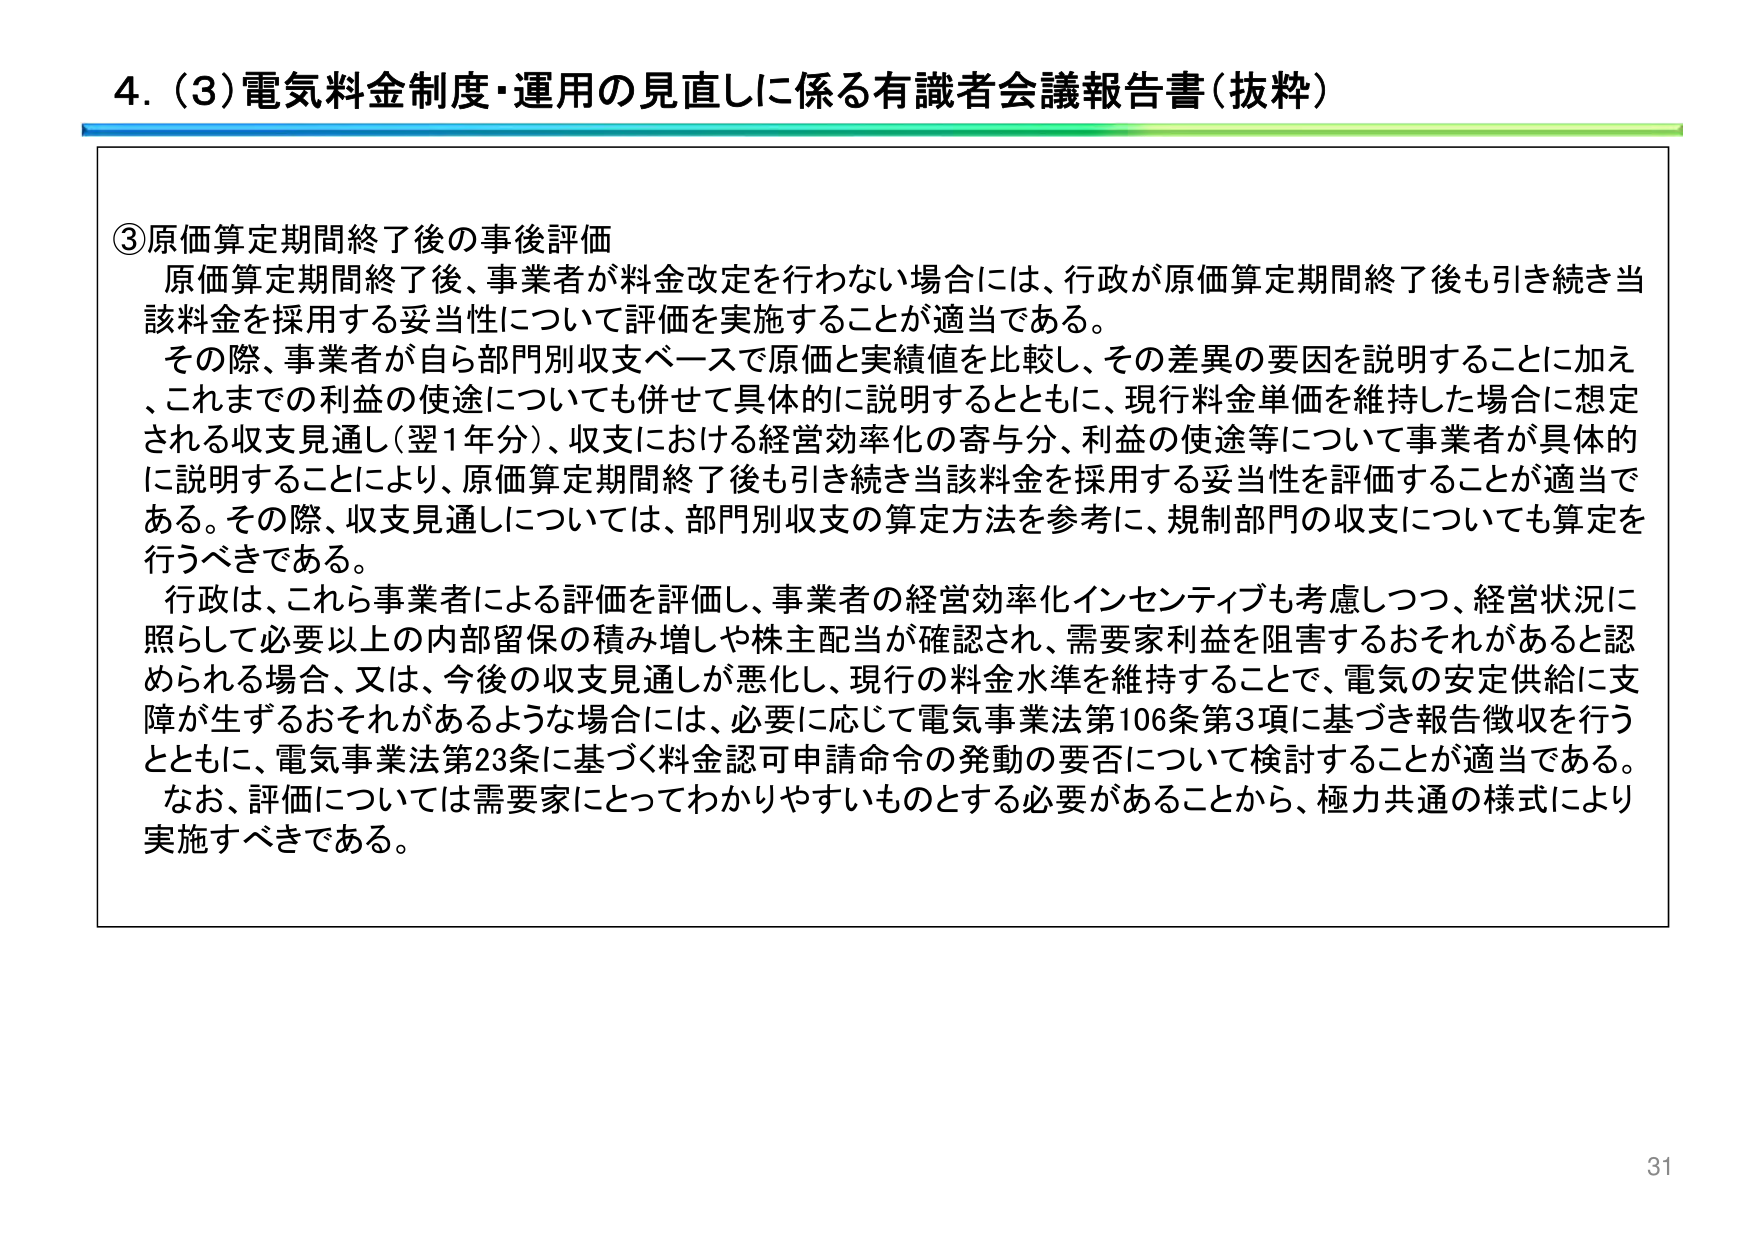
4. (3) 電気料金制度・運用の見直しに係る有識者会議報告書（抜粋）

③原価算定期間終了後の事後評価
原価算定期間終了後、事業者が料金改定を行わない場合には、行政が原価算定期間終了後も引き続き当該料金を採用する妥当性について評価を実施することが適当である。
その際、事業者が自ら部門別収支ベースで原価と実績値を比較し、その差異の要因を説明することに加え、これまでの利益の使途についても併せて具体的に説明するとともに、現行料金単価を維持した場合に想定される収支見通し（翌1年分）、収支における経営効率化の寄与分、利益の使途等について事業者が具体的に説明することにより、原価算定期間終了後も引き続き当該料金を採用する妥当性を評価することが適当である。その際、収支見通しについては、部門別収支の算定方法を参考に、規制部門の収支についても算定を行うべきである。
行政は、これら事業者による評価を評価し、事業者の経営効率化インセンティブも考慮しつつ、経営状況に照らして必要以上の内部留保の積み増しや株主配当が確認され、需要家利益を阻害するおそれがあると認められる場合、又は、今後の収支見通しが悪化し、現行の料金水準を維持することで、電気の安定供給に支障が生ずるおそれがあるような場合には、必要に応じて電気事業法第106条第3項に基づき報告徴収を行うとともに、電気事業法第23条に基づく料金認可申請命令の発動の要否について検討することが適当である。
なお、評価については需要家にとってわかりやすいものとする必要があることから、極力共通の様式により実施すべきである。

31